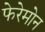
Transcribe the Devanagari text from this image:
फेरेमोन